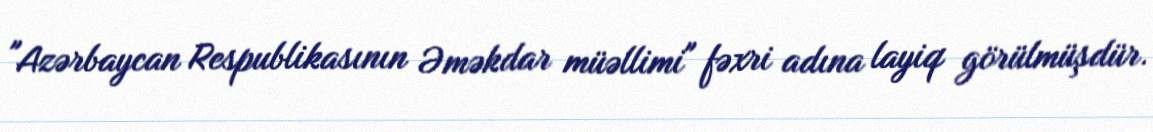
"Azərbaycan Respublikasının Əməkdar müəllimi" fəxri adına layiq görülmüşdür.